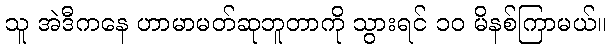
သူ အဲဒီကနေ ဟာမာမတ်ဆုဘူတာကို သွားရင် ၁၀ မိနစ်ကြာမယ်။